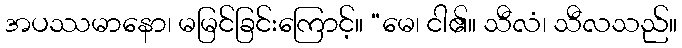
အပဿမာနော၊ မမြင်ခြင်းကြောင့်။ “မေ၊ ငါ၏။ သီလံ၊ သီလသည်။